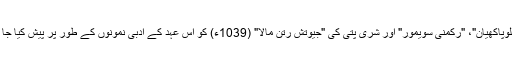
چنانچہ "نلوپاکھیان"، "رکمنی سویمور" اور شری پتی کی "جیوتش رتن مالا" (1039ء) کو اس عہد کے ادبی نمونوں کے طور پر پیش کیا جا سکتا ہے۔